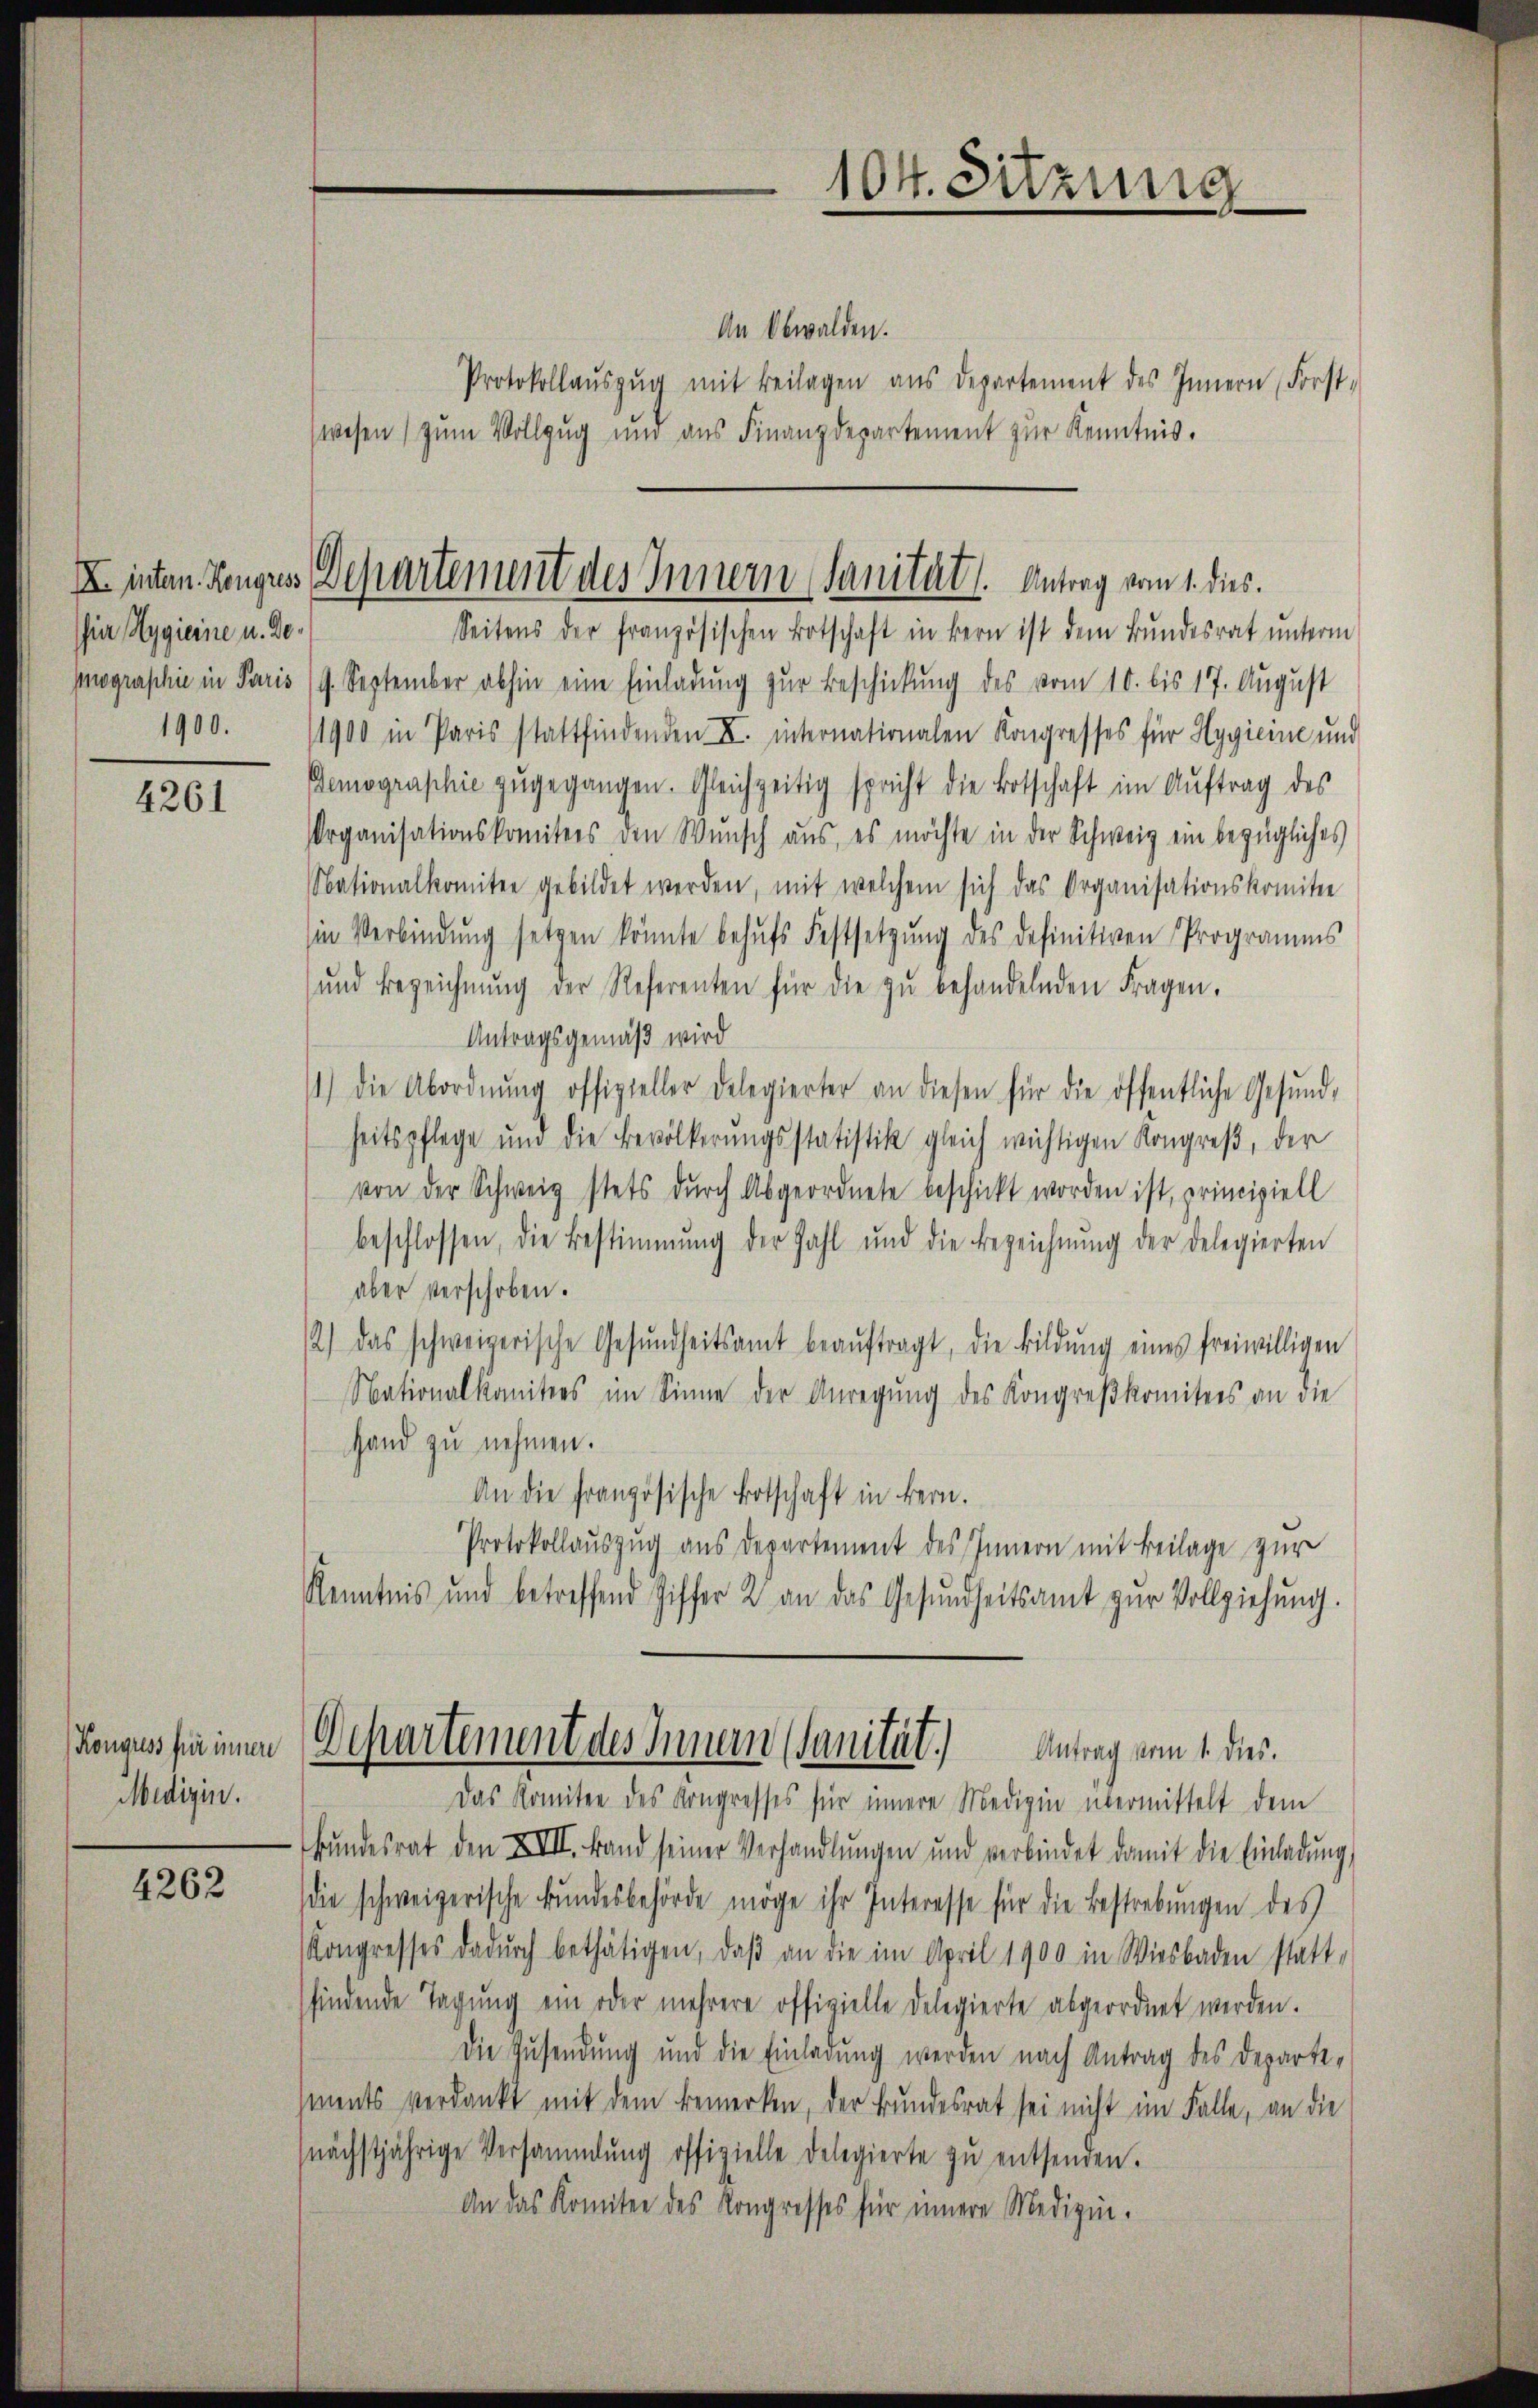
i Hygierne u. Do¬
1900.

4261

Kongress für innere
Medizin.

4262

104. Sitzung
e

An Obwalden.
Protokollaŭszŭg mit Beilagen aŭs departement des Innern, Forst-
wesen) zum Vollzug und aus Finanzdepartement zur Kenntnis.

II inten Kongress Departement des Innern Sanität. Antrag vom 1. dies.

Seitens der französischen Botschaft in Bern ist dem Bŭndesrat ŭnterm
pographie in Paris 19. September abhin eine Einladung zur Beschickung des vom 10. bis 17. August
1900 in Paris stattfindenden II. internationalen Kongresses für Hygieine und
Gemographie zŭgegangen. Gleichzeitig spricht die Botschaft im Auftrag des
Organisationskomitees den Wunsch aus, es möchte in der Schweiz ein bezügliches
Nationalkomitee gebildet werden, mit welchem sich das Organisationskomitee
Ein Verbindŭng setzen könnte behŭfs Festsetzŭng des definitiven Programms
ŭnd Bezeichnŭng der Referenten für die zŭ behandelnden Fragen.
Antragsgemäß wird
1) die Abordnŭng offizieller Delegierter an diesen für die öffentliche Gesŭnd-
heitspflege und die Bevölkerŭngsstatistik gleich wichtigen Kongreß, der
von der Schweiz stets dŭrch Abgeordnete beschickt worden ist, principiell
beschlossen, die Bestimmung der Zahl und die Bezeichnŭng der Delegierten
aber verschoben.
12) das schweizerische Gesŭndheitsamt beaŭftragt, die bildŭng eines freiwilligen
Nationalkomitees im Sinne der Anregŭng des Kongreßkomitees an die
Hand zu nehmen.
An die französische Botschaft in Bern.
Protokollauszug aus Departement des Innern mit Beilage zur
Kenntnis und betreffend Ziffer 2 an das Gesŭndheitsamt zŭr Vollziehŭng.
Departement des Innern (Sanität.) Antrag vom 1. ds.
Das Komitee des Kongresses für innere Medizin übermittelt dem
bŭndesrat den XIII. Band seiner Verhandlŭngen und verbindet damit die Einladŭng,
die schweizerische Bundesbehörde möge ihr Interesse für die Bestrebungen des
Kongresses dadŭrch bethätigen, daβ an die im April 1900 in Wiesbaden statt-
sfindende Tagŭng ein oder mehrere offizielle Delegierte abgeordnet werden.
Die Zusendung und die Einladung werden nach Antrag des Departements verdankt mit dem bemerken, der Bundesrat sei nicht im Falle, an die
nächstjährige Versammlung offizielle Delegierte zŭ entsenden.
An das Komitee des Kongresses für innere Medizin.